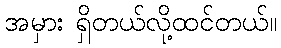
အမှား ရှိတယ်လို့ထင်တယ်။